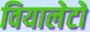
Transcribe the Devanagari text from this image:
वियालेटो